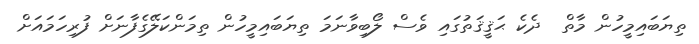
ތިޔަބައިމީހުން މާތް  ދެކެ ޙަޤީޤަތުގައި ވެސް ލޯބިވާނަމަ ތިޔަބައިމީހުން ތިމަންކަލޭގެފާނަށް ފުރިހަމައަށް